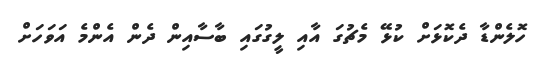
ހޮލެންޑާ ދެކޮޅަށް ކުޅޭ މެޗުގަ އާއި ލީގުގައި ބާސާއިން ދެން އެންމެ އަވަހަށް